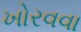
ખોરવવા